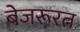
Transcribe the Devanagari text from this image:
बेजरूरत